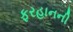
ફરહાનની